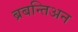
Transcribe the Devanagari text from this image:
ब्रबन्तिअन